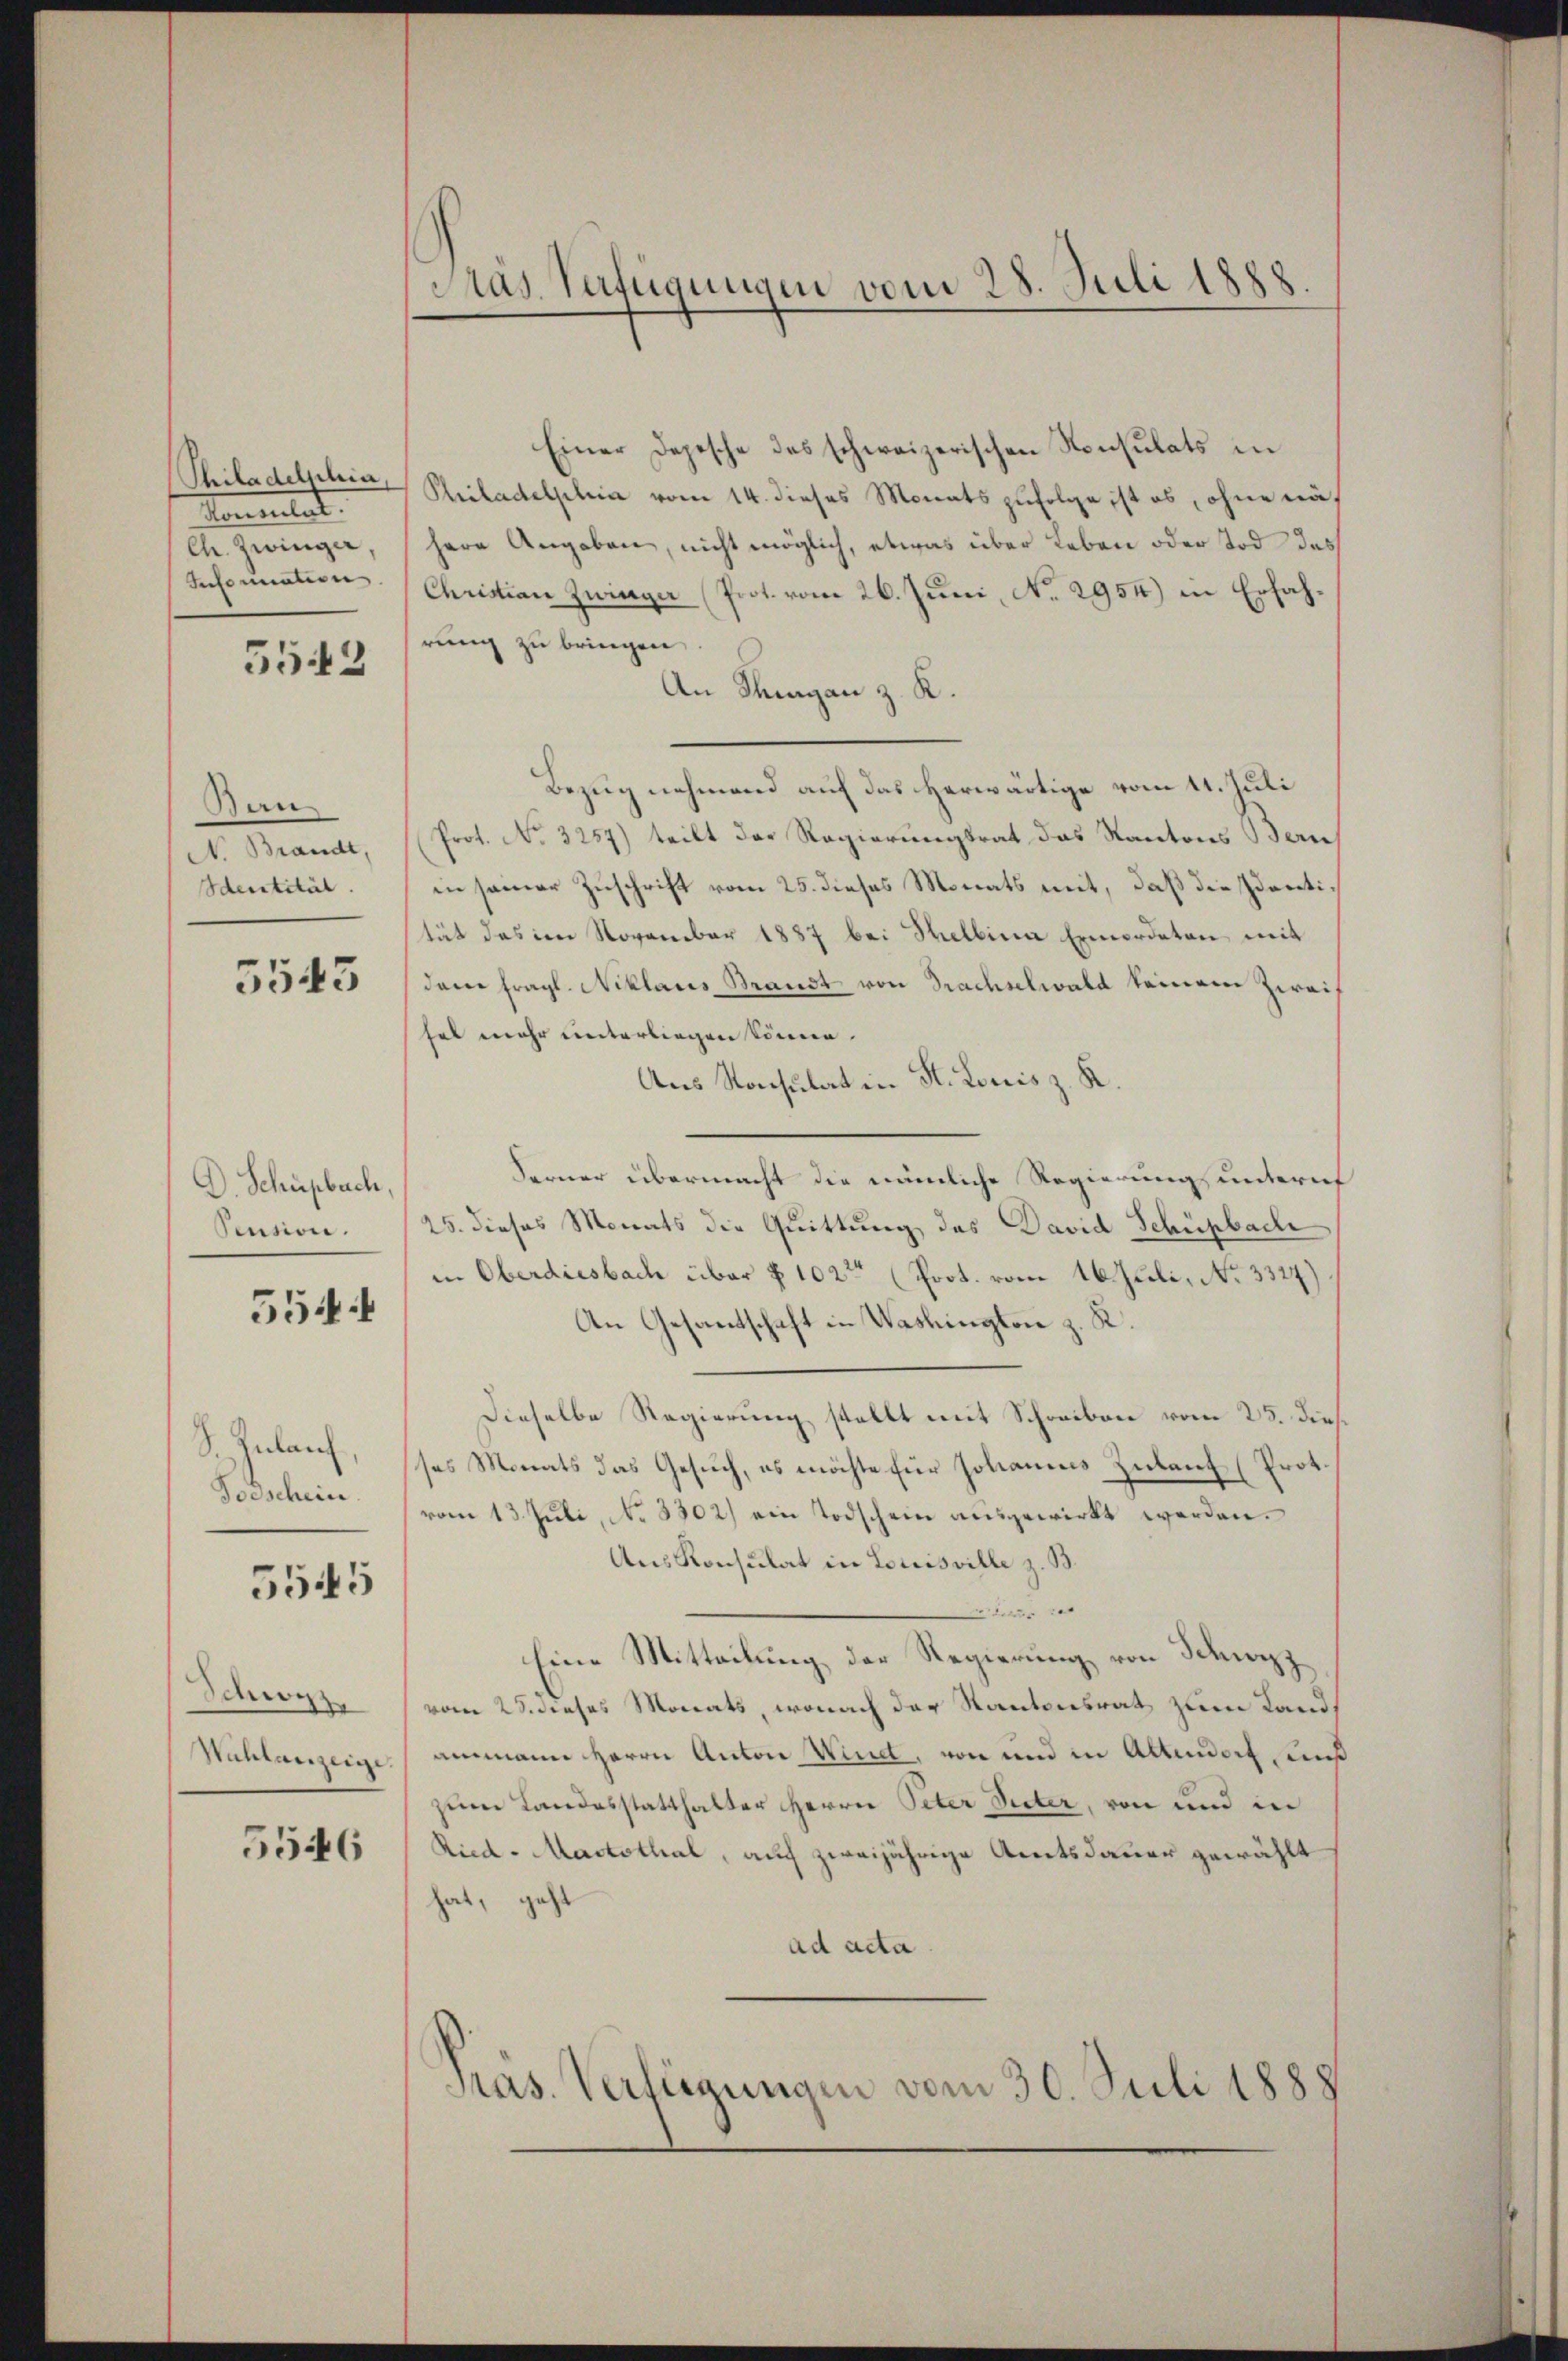
Philadelphia,
Namentat
Ch. Zwinger,
Information

552

Ban
V. Brandt,
Identität.

5543

D. Schupbach
Pension.

5544

S. Zulauf,
Todschein.

5545

Schwyz.
Wahlanzeige

5546

Pras. Verfügungen vom 28. Juli 1888.

Einer Depesche des schweizerischen Konsulats in
Philadelphia vom 14. dieses Monats zufolge ist es, ohne näh
here Angaben, nicht möglich, etwas über Leben oder Tod das
Christian Zwinger Prot. vom 26. Juni, No. 2954) in Erfahrung zu bringen.
An Thurgan z. K.
Bezug nehmend auf das herwärtige vom 11. Juli
Prot. No. 3257) teilt des Regierungsrat das Kantons Ben
in seiner Zuschrift vom 25. dieses Monats mit, daß die Identität des im November 1887 bei Stellina Ermordeten mit
dem fragl. Niklars Brandt von Trachselwald keinem Zweif
hal mehr unterliegen können.
Aus Konsulat in St. Louis z. K.
Ferner übermacht die nämliche Regierung unternt
25. dieses Monats die Quittung des David Schüpbache
in Oberdiesbach über § 102 (Prot. vom 16. Juli, No. 3327)
An Gesantschaft in Washington z. K.
Dieselbe Regierung stellt mit Schreiben vom 25. dies
ses Monats das Gesuch, es möchte für Johannes Zulauf (Prot.
vom 13. Juli, No 3302) ein Todschein ausgewirkt werden.
Aus Konsulat in Louisville z. B.
Pedels
Eine Mitteilung der Regierung von Schwyzz
vom 28. dieses Monats, wonach der Kantonsrat zum Landammann Herrn Anton Wind, von und in Altendorf, und
zum Landesstatthalter Herrn Peter Seiter, von und in
Ried-Marksthal, auf zweijährige Amtsdauer gewählt
geht
ad acta
Pras. Verfügungen vom 30. Juli 1888